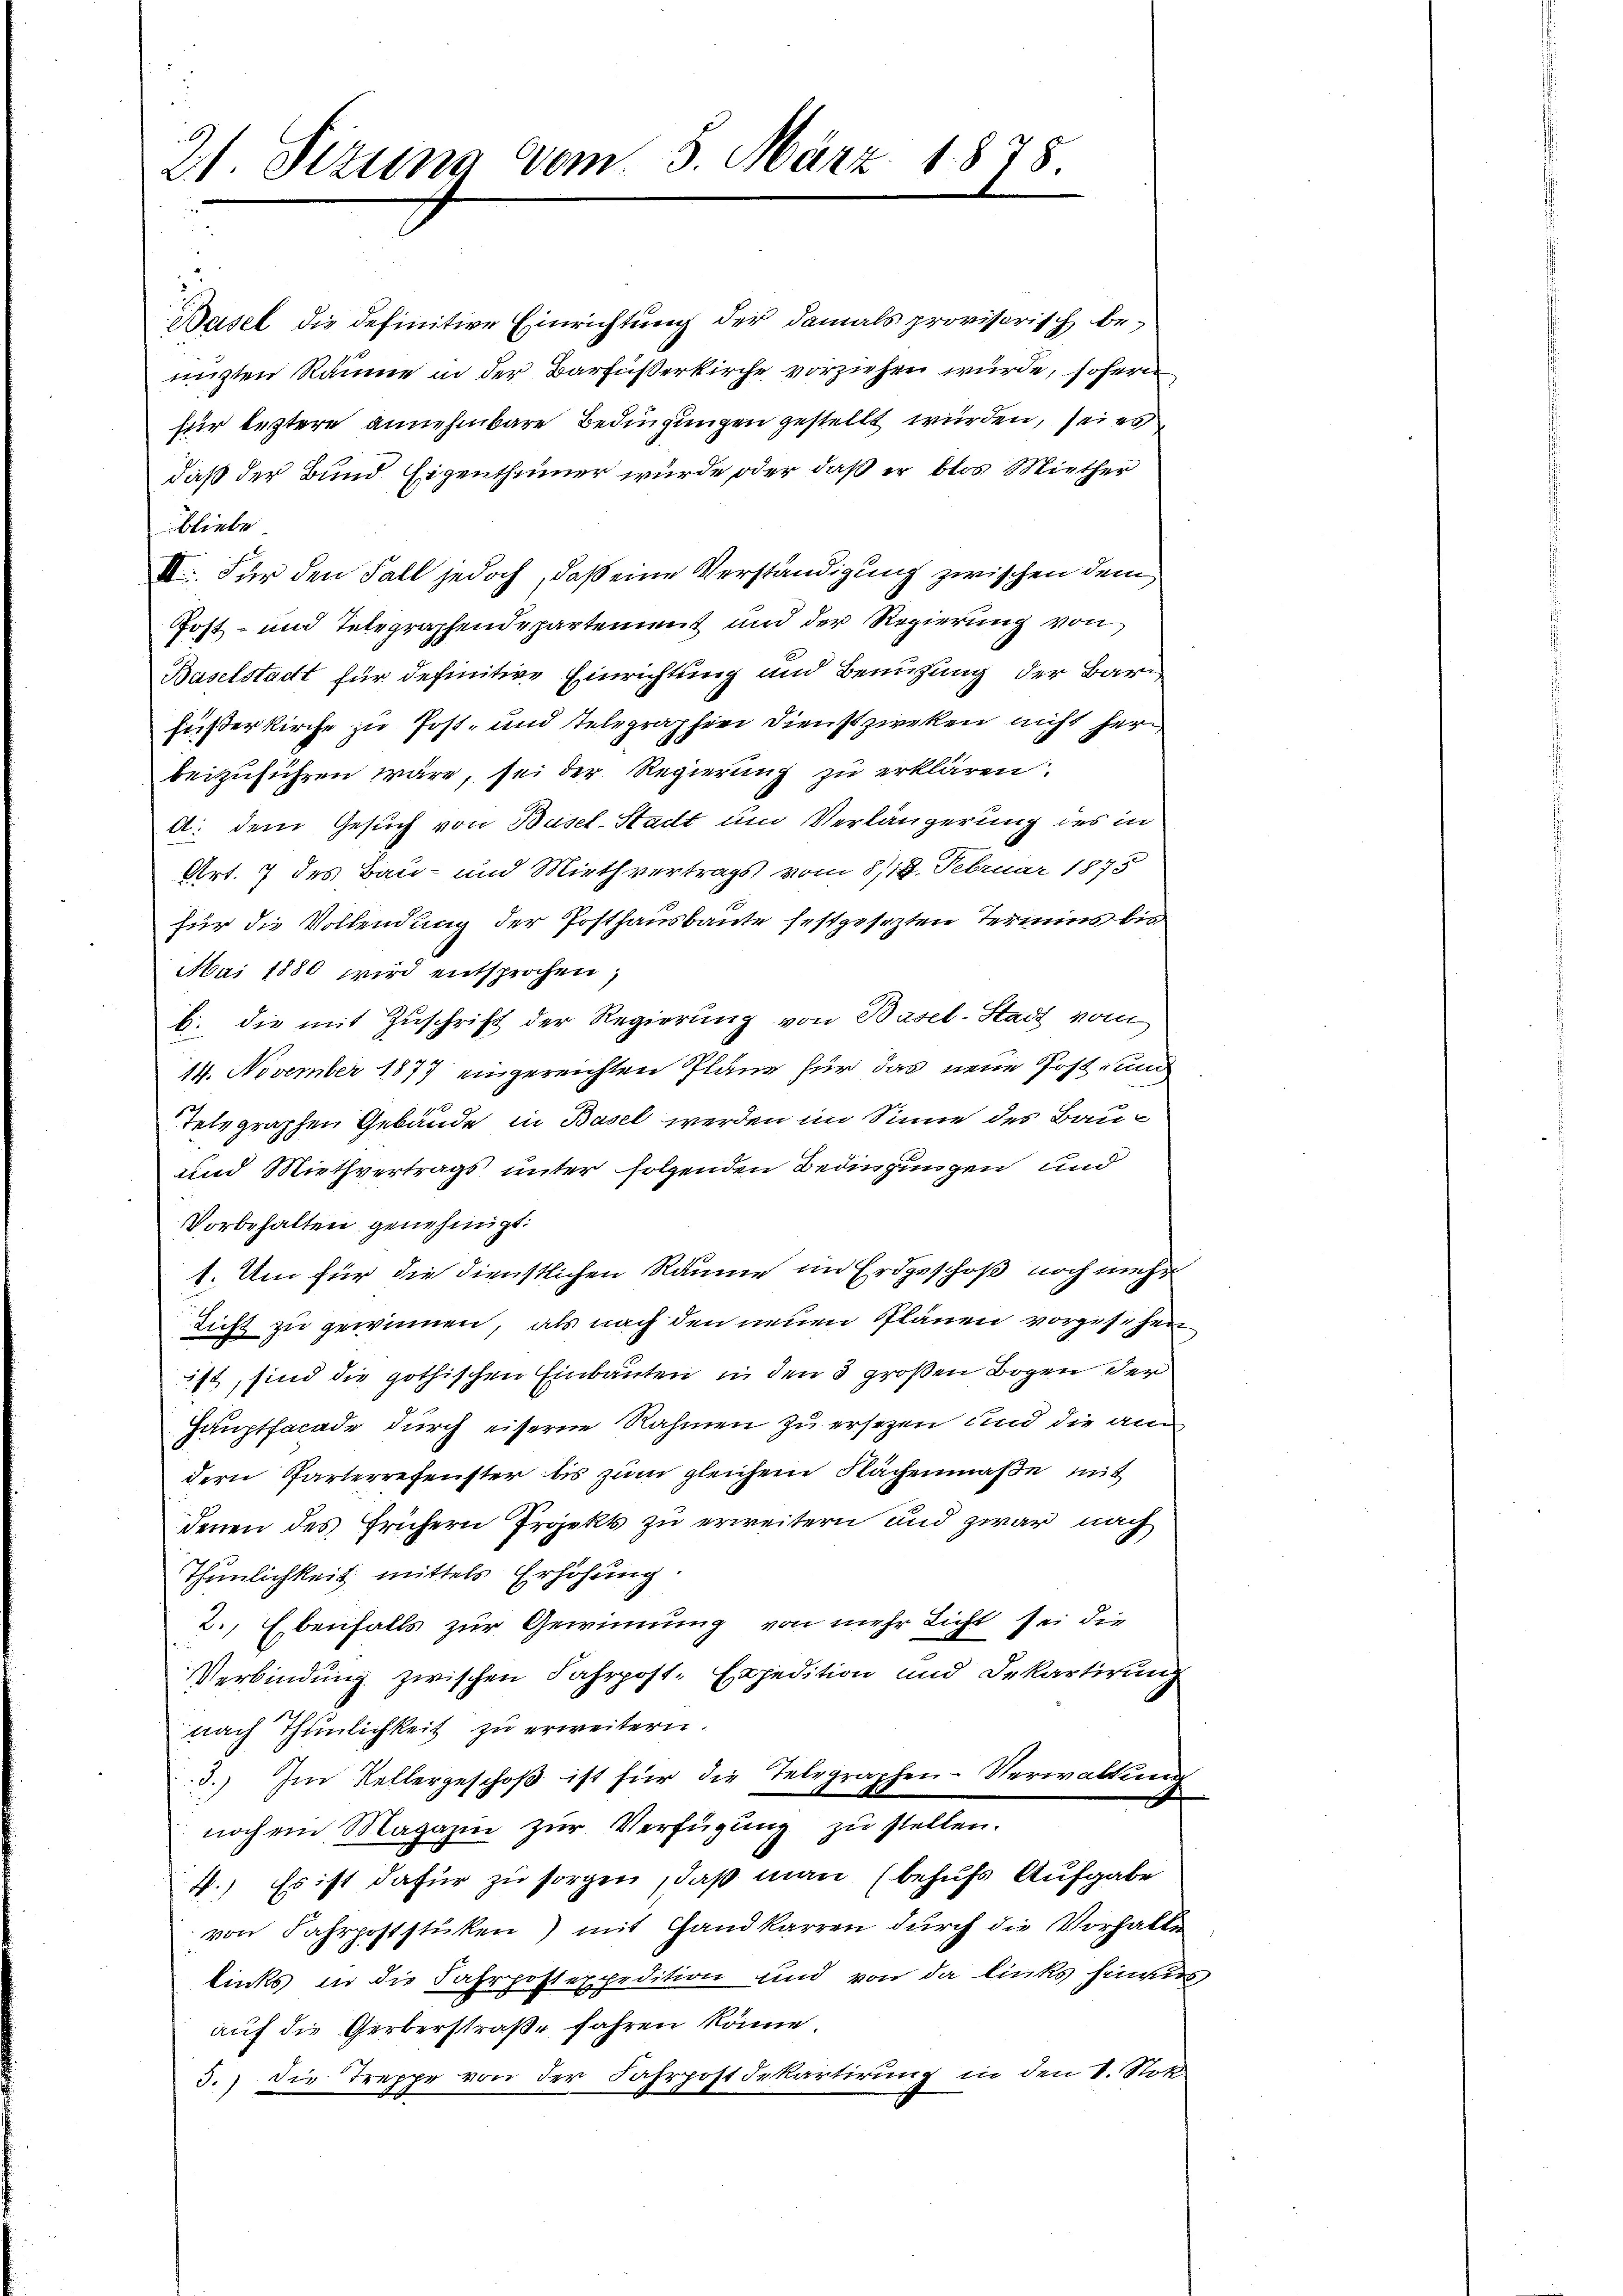
21. Sizung vom 5. März 1878

Basel die definitive Einrichtung der damals provisorisch bemizten Räume in der Barfußerkirche vorziehen wurde, sofern
für leztere annehmbare Bedingungen gestellt wurden, sei es
daß der Bund. Eigenthümer wurde oder daß er blos Miether
bliebe
II. Für den Fall jedoch, daß eine Verständigung zwischen dem
Post- und Telegraphendepartement und der Regierung von
Baselstadt für definitive Einrichtung und Benuzung der Bar¬
Füsterkirche zu Post- und telegraphie Dienstzweken nicht herbeizuführen wäre, sei der Regierung zu erklären.
d: dem Gesuch von Basel-Stadt und Verlängerung des in
Art. 7 des Bau- und Miethvertrags vom 8/14. Februar 1875
für die Vollendung der Posthausbaute festgesezten Termins bis
Mai 1880 wird entsprochen,
b. die mit Zuschrift der Regierung von Basel-Stadt vom
14. November 1877 eingereichten Pläne für das neue Post und
Telegraphen Gebäude in Basel werden im Sinne des Bau¬
und Miethvertrags unter folgenden Bedingungen und
Vorbehalten genehmigt:
1. Um für die dienstlichen Räume im Erdgeschoß noch mehr
Licht zu gewinnen, als nach den neuen Plänen vorgesehen
ist, sind die gothischen Einbauten in den 3 großen Bogen der
Hauptfacade durch eiserne Rahmen zu ersezen und die an
dern Parterrefenster bis zum gleichem Flächenmaße mit
denen des frühern Projekt zu erweitern und zwar nach
Thunlichkeit mittels Erhöhung.
2., Ebenfalls zur Gewinnung von mehr Licht sei die
Verbindung zwischen Fahrpost-Expedition und Dekartirung
nach Thunlichkeit zu erweitern.
3.) Im Kellergeschoß ist für die Telegraphen-Verwaltung
r
noch ein Magazin zur Verfügung zu stellen.
4.) Es ist dafür zu sorgen, daß man (behufs Aufgabe
von Fahrpoststüken) mit Handkarren durch die Vorhalten
links in die Fahrpostexpedition und von da links hinaus,
auf die Gerberstraße fahren könne.
5.) Die Treppe von der Fahrpostdekartirung in den 1. Not